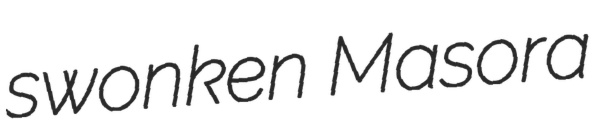
swonken Masora